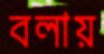
বলায়